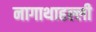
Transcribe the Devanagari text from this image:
नागाथाहल्ली